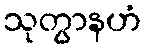
သုတွာနဟံ